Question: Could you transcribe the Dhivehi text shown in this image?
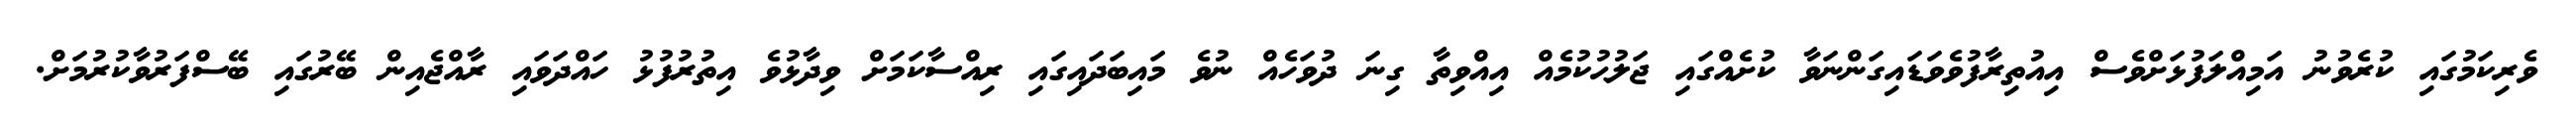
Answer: ވެރިކަމުގައި ކުރެވުނު އަމިއްލަފުޅަށްވެސް އިއުތިރާފުވެވަޑައިގަންނަވާ ކުށެއްގައި ޖަލުޙުކުމެއް އިއްވިތާ ގިނަ ދުވަހެއް ނުވެ މައިބަދައިގައި ރިއްސާކަމަށް ވިދާޅުވެ އިތުރުފުޅު ހައްދަވައި ރާއްޖެއިން ބޭރުގައި ބޭސްފަރުވާކުރުމަށް.